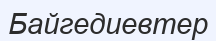
Байгедиевтер